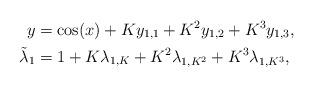
LaTeX: \begin{align*}y &= \cos(x) + Ky_{1,1}+K^2y_{1,2} +K^3y_{1,3},\\\tilde\lambda_1 &= 1 + K\lambda_{1,K}+K^2\lambda_{1,K^2} +K^3\lambda_{1,K^3},\end{align*}